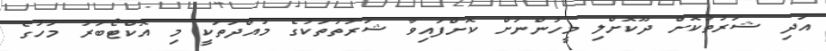
އަދި ޝަރުތުކޮށް ދޫކޮށްލި މީހުންނަށް ކޮށްފައިވާ ޝަރުތުތަކުގެ މުއްދަތަކީ މި އޮކްޓޯބަރު މަހުގެ